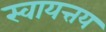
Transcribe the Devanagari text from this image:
स्वायत्तय